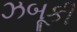
ઝબૂકી